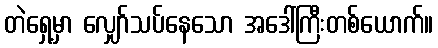
တဲရှေ့မှာ လျှော်သပ်နေသော အဒေါ်ကြီးတစ်ယောက်။